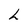
Character: h